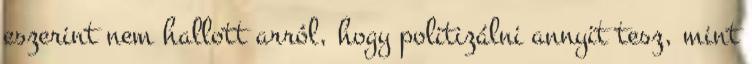
eszerint nem hallott arról, hogy politizálni annyit tesz, mint